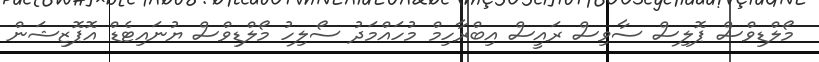
މޯލްޑިވްސް ޕޮލިސް ސާވިސް ރައީސް އިބްރާހިމް މުހައްމަދު ސޯލިހު މޯލްޑިވްސް ޔުނައިޓެޑް އޮޕޮޒިޝަން